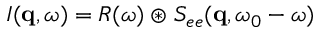
I ( \mathbf { q } , \omega ) = R ( \omega ) \circledast S _ { e e } ( \mathbf { q } , \omega _ { 0 } - \omega )